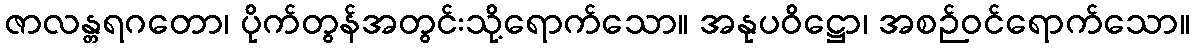
ဇာလန္တရဂတော၊ ပိုက်တွန်အတွင်းသို့ရောက်သော။ အနုပဝိဋ္ဌော၊ အစဉ်ဝင်ရောက်သော။